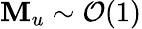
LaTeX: \mathbf{M}_{u}\sim\mathcal{{O}}(1)